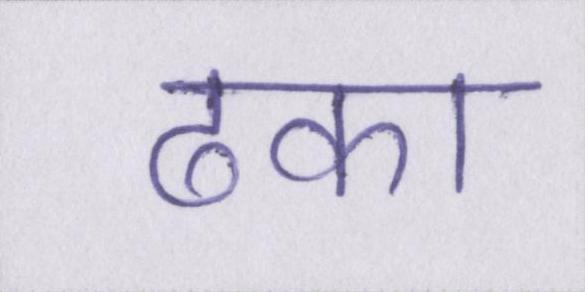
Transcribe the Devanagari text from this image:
ढका